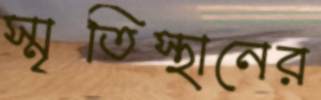
স্মৃতিস্থানের